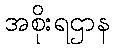
အစိုးရဌာန